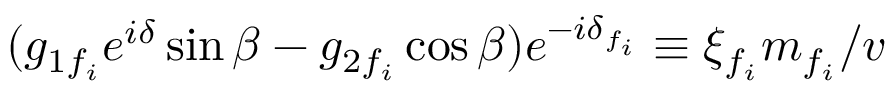
( g _ { 1 f _ { i } } e ^ { i \delta } \sin \beta - g _ { 2 f _ { i } } \cos \beta ) e ^ { - i \delta _ { f _ { i } } } \equiv \xi _ { f _ { i } } m _ { f _ { i } } / v